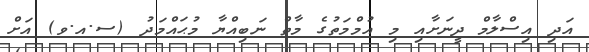
އަދި އިސްލާމް ދީނަށާއި މި އުމްމަތުގެ މާތް ނަބިއްޔާ މުޙައްމަދު (ސ.އ.ވ) އަށް